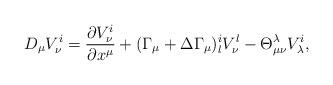
LaTeX: \begin{align*}D_{\mu}V_{\nu}^{i} = \frac{\partial V_{\nu}^{i}}{\partial x^{\mu}} + (\Gamma_{\mu} + \Delta\Gamma_{\mu })_{l}^{i} V_{\nu}^{l} -\Theta_{\mu\nu}^{\lambda}V_{\lambda}^{i},\end{align*}